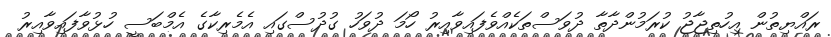
ރައްޔިތުން އިހުތިޖާޖު ކުރަމުންދާތާ ދުވަސްތަކެއްވެފައިވާއިރު ހޯމަ ދުވަހު ގުދުސްގައި އެމެރިކާގެ އެމްބަސީ ހުޅުވާފައިވާއިރު